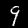
Digit: 9